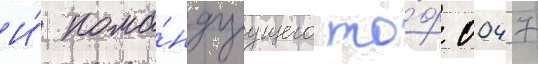
И́ кома́ндуущего то́ф 0047